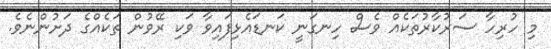
މި ހުރިހާ ސަރުކާރުތަކެއް ވެސް ހިނގަނީ ކަނޑައެޅިފައިވާ ވަކި ރޭވުން ތަކެއްގެ ދަށުންނެވެ.